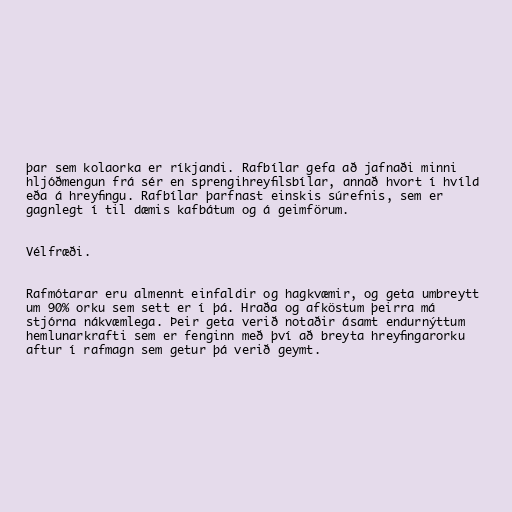
þar sem kolaorka er ríkjandi. Rafbílar gefa að jafnaði minni
hljóðmengun frá sér en sprengihreyfilsbílar, annað hvort í hvíld
eða á hreyfingu. Rafbílar þarfnast einskis súrefnis, sem er
gagnlegt í til dæmis kafbátum og á geimförum.

Vélfræði.

Rafmótarar eru almennt einfaldir og hagkvæmir, og geta umbreytt
um 90% orku sem sett er í þá. Hraða og afköstum þeirra má
stjórna nákvæmlega. Þeir geta verið notaðir ásamt endurnýttum
hemlunarkrafti sem er fenginn með því að breyta hreyfingarorku
aftur í rafmagn sem getur þá verið geymt.